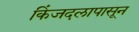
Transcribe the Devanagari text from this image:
किंजदलापासून